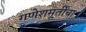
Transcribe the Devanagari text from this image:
गणेशमूर्तींचा